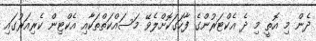
ދެން މި އޮތީ މި ދެ އެކްޓަރުންގެ ފާހަގަކޮށްލެވޭ މަސައްކަތްތަކާއި އެކްޓިން ކެރިއަރުގައި